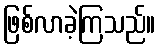
ဖြစ်လာခဲ့ကြသည်။